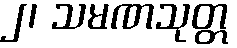
၂၊ သမဏသုတ္တ